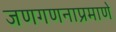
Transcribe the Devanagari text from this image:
जणगणनाप्रमाणे